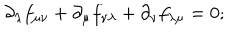
{ \partial _ { \lambda } } f _ { \mu \nu } + { \partial _ { \mu } } f _ { \nu \lambda } + { \partial _ { \nu } } f _ { \lambda \mu } = 0 ;